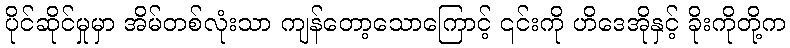
ပိုင်ဆိုင်မှုမှာ အိမ်တစ်လုံးသာ ကျန်တော့သောကြောင့် ၎င်းကို ဟိဒေအိုနှင့် ခိုးကိုတို့က